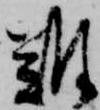
難